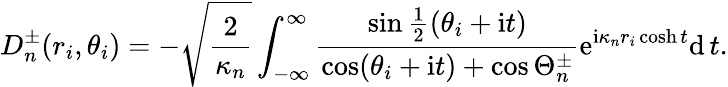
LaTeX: D_{n}^{\pm}(r_{i},\theta_{i})=-\sqrt{\frac{2}{\kappa_{n}}}\int_{-\infty}^{\infty}\frac{\sin\frac{1}{2}(\theta_{i}+\mathrm{i}t)}{\cos(\theta_{i}+\mathrm{i}t)+\cos\Theta_{n}^{\pm}}\mathrm{e}^{\mathrm{i}\kappa_{n}r_{i}\cosh t}\mathrm{d}\, t.